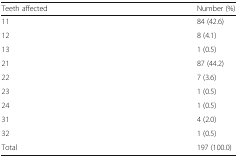
<table><thead><tr><td><b>Teeth affected</b></td><td><b>Number (%)</b></td></tr></thead><tbody><tr><td>11</td><td>84 (42.6)</td></tr><tr><td>12</td><td>8 (4.1)</td></tr><tr><td>13</td><td>1 (0.5)</td></tr><tr><td>21</td><td>87 (44.2)</td></tr><tr><td>22</td><td>7 (3.6)</td></tr><tr><td>23</td><td>1 (0.5)</td></tr><tr><td>24</td><td>1 (0.5)</td></tr><tr><td>31</td><td>4 (2.0)</td></tr><tr><td>32</td><td>1 (0.5)</td></tr><tr><td>Total</td><td>197 (100.0)</td></tr></tbody></table>